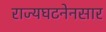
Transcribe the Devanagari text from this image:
राज्यघटनेनसार